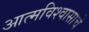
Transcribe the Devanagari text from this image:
आत्मविश्वासाचे